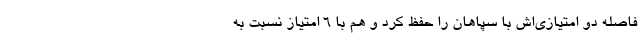
فاصله دو امتیازی‌اش با سپاهان را حفظ کرد و هم با 6 امتیاز نسبت به